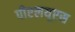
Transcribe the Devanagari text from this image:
पीएलयूएस